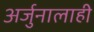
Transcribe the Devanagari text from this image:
अर्जुनालाही